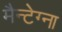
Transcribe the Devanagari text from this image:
मैन्टेग्ना